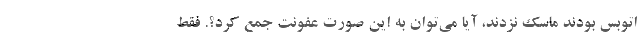
اتوبس بودند ماسک نزدند، آیا می‌توان به این صورت عفونت جمع کرد؟. فقط